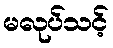
မလုပ်သင့်